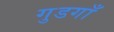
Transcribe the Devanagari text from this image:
गुडगाँ